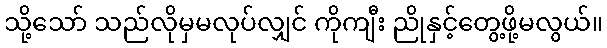
သို့သော် သည်လိုမှမလုပ်လျှင် ကိုကျီး ညိုနှင့်တွေ့ဖို့မလွယ်။